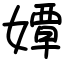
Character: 㜤